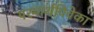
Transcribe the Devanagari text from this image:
परमार्थविवेका